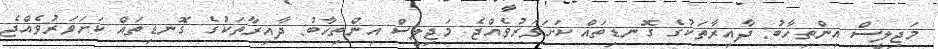
މަޖިލީސް އިންތިހާބު: ދާއިރާތަކުގެ ގޮނޑިތައް ކަށަވަރުވެއްޖެ މަޖިލީސް އިންތިހާބު: ދާއިރާތަކުގެ ގޮނޑިތައް ކަށަވަރުވެއްޖެ